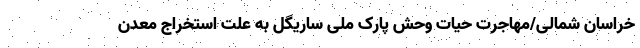
خراسان شمالی/مهاجرت حیات وحش پارک ملی ساریگل به علت استخراج معدن